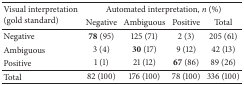
| <ROWSPAN=2> Visual interpretation (gold standard) | <COLSPAN=4> Automated interpretation, n (%) |
 | Negative | Ambiguous | Positive | Total |
 | --- | --- | --- | --- | --- |
 | Negative | 78 (95) | 125 (71) | 2 (3) | 205 (61) |
 | Ambiguous | 3 (4) | 30 (17) | 9 (12) | 42 (13) |
 | Positive | 1 (1) | 21 (12) | 67 (86) | 89 (26) |
 | Total | 82 (100) | 176 (100) | 78 (100) | 336 (100) |